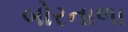
બોરનાળા